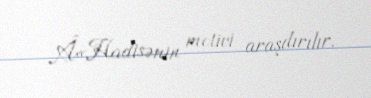
Â«Hadisənin motivi araşdırılır.